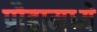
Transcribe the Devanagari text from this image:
प्रौढामध्ये